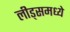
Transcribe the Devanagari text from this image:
लीड्समध्ये